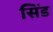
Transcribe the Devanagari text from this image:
सिंड